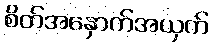
စိတ်အနှောက်အယှက်